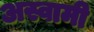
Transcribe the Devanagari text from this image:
अस्वामी